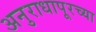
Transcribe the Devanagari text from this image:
अनुराधापूरच्या